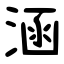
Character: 涵